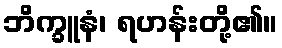
ဘိက္ခူနံ၊ ရဟန်းတို့၏။